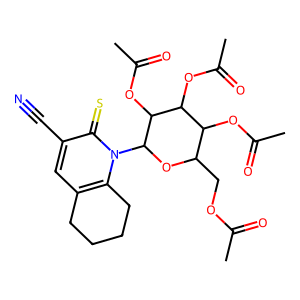
SMILES: CC(=O)OCC1OC(n2c3c(cc(C#N)c2=S)CCCC3)C(OC(C)=O)C(OC(C)=O)C1OC(C)=O
Inhibits HIV replication: No